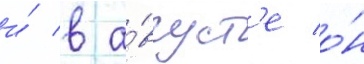
и́ в а́вгуст'е о́н